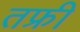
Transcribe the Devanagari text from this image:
तफ्री